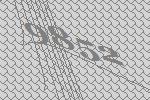
9852